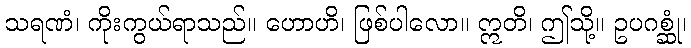
သရဏံ၊ ကိုးကွယ်ရာသည်။ ဟောဟိ၊ ဖြစ်ပါလော။ ဣတိ၊ ဤသို့။ ဥပဂစ္ဆုံ၊